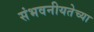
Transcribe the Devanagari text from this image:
संभवनीयतेच्या